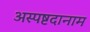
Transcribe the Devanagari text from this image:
अस्पष्टदानाम